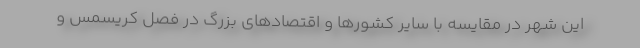
این شهر در مقایسه با سایر کشورها و اقتصادهای بزرگ در فصل کریسمس و